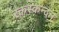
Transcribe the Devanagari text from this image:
रक्तस्कन्दन